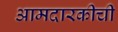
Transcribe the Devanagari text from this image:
आमदारकीची